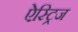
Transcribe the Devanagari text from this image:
ऐस्ट्रिज